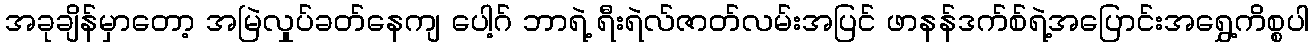
အခုချိန်မှာတော့ အမြဲလှုပ်ခတ်နေကျ ပေါ့ဂ် ဘာရဲ့ ရီးရဲလ်ဇာတ်လမ်းအပြင် ဖာနန်ဒက်စ်ရဲ့အပြောင်းအရွှေ့ကိစ္စပါ